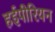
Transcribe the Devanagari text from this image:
हईपीरियन